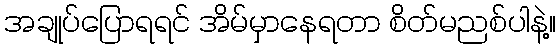
အချုပ်ပြောရရင် အိမ်မှာနေရတာ စိတ်မညစ်ပါနဲ့။